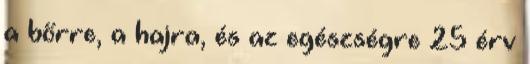
a bőrre, a hajra, és az egészségre 25 érv